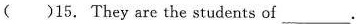
( )15. They are the students of ___。